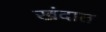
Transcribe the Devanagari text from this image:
खंदात